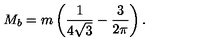
M _ { b } = m \left( \frac 1 { 4 \sqrt { 3 } } - \frac 3 { 2 \pi } \right) .